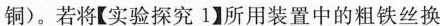
铜)。若将【实验探究1】所用装置中的粗铁丝换